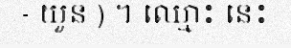
- យួន ) ។ ឈ្មោះ នេះ